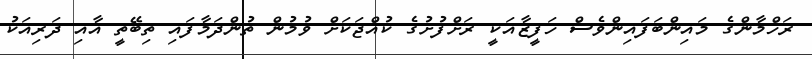
ރަހްމާންގެ މައިންބަފައިންވެސް ހަފީޒާއަކީ ރަށްފުށުގެ ކުއްޖަކަށް ވުމުން ތުންދަމާފައި ތިބޭތީ އާއި ދަރިއަކު